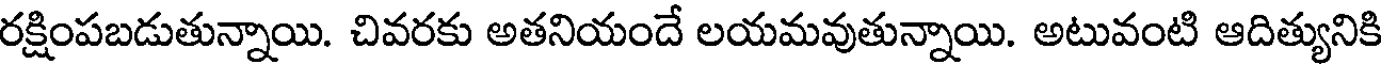
రక్షింపబడుతున్నాయి. చివరకు అతనియందే లయమవుతున్నాయి. అటువంటి ఆదిత్యునికి